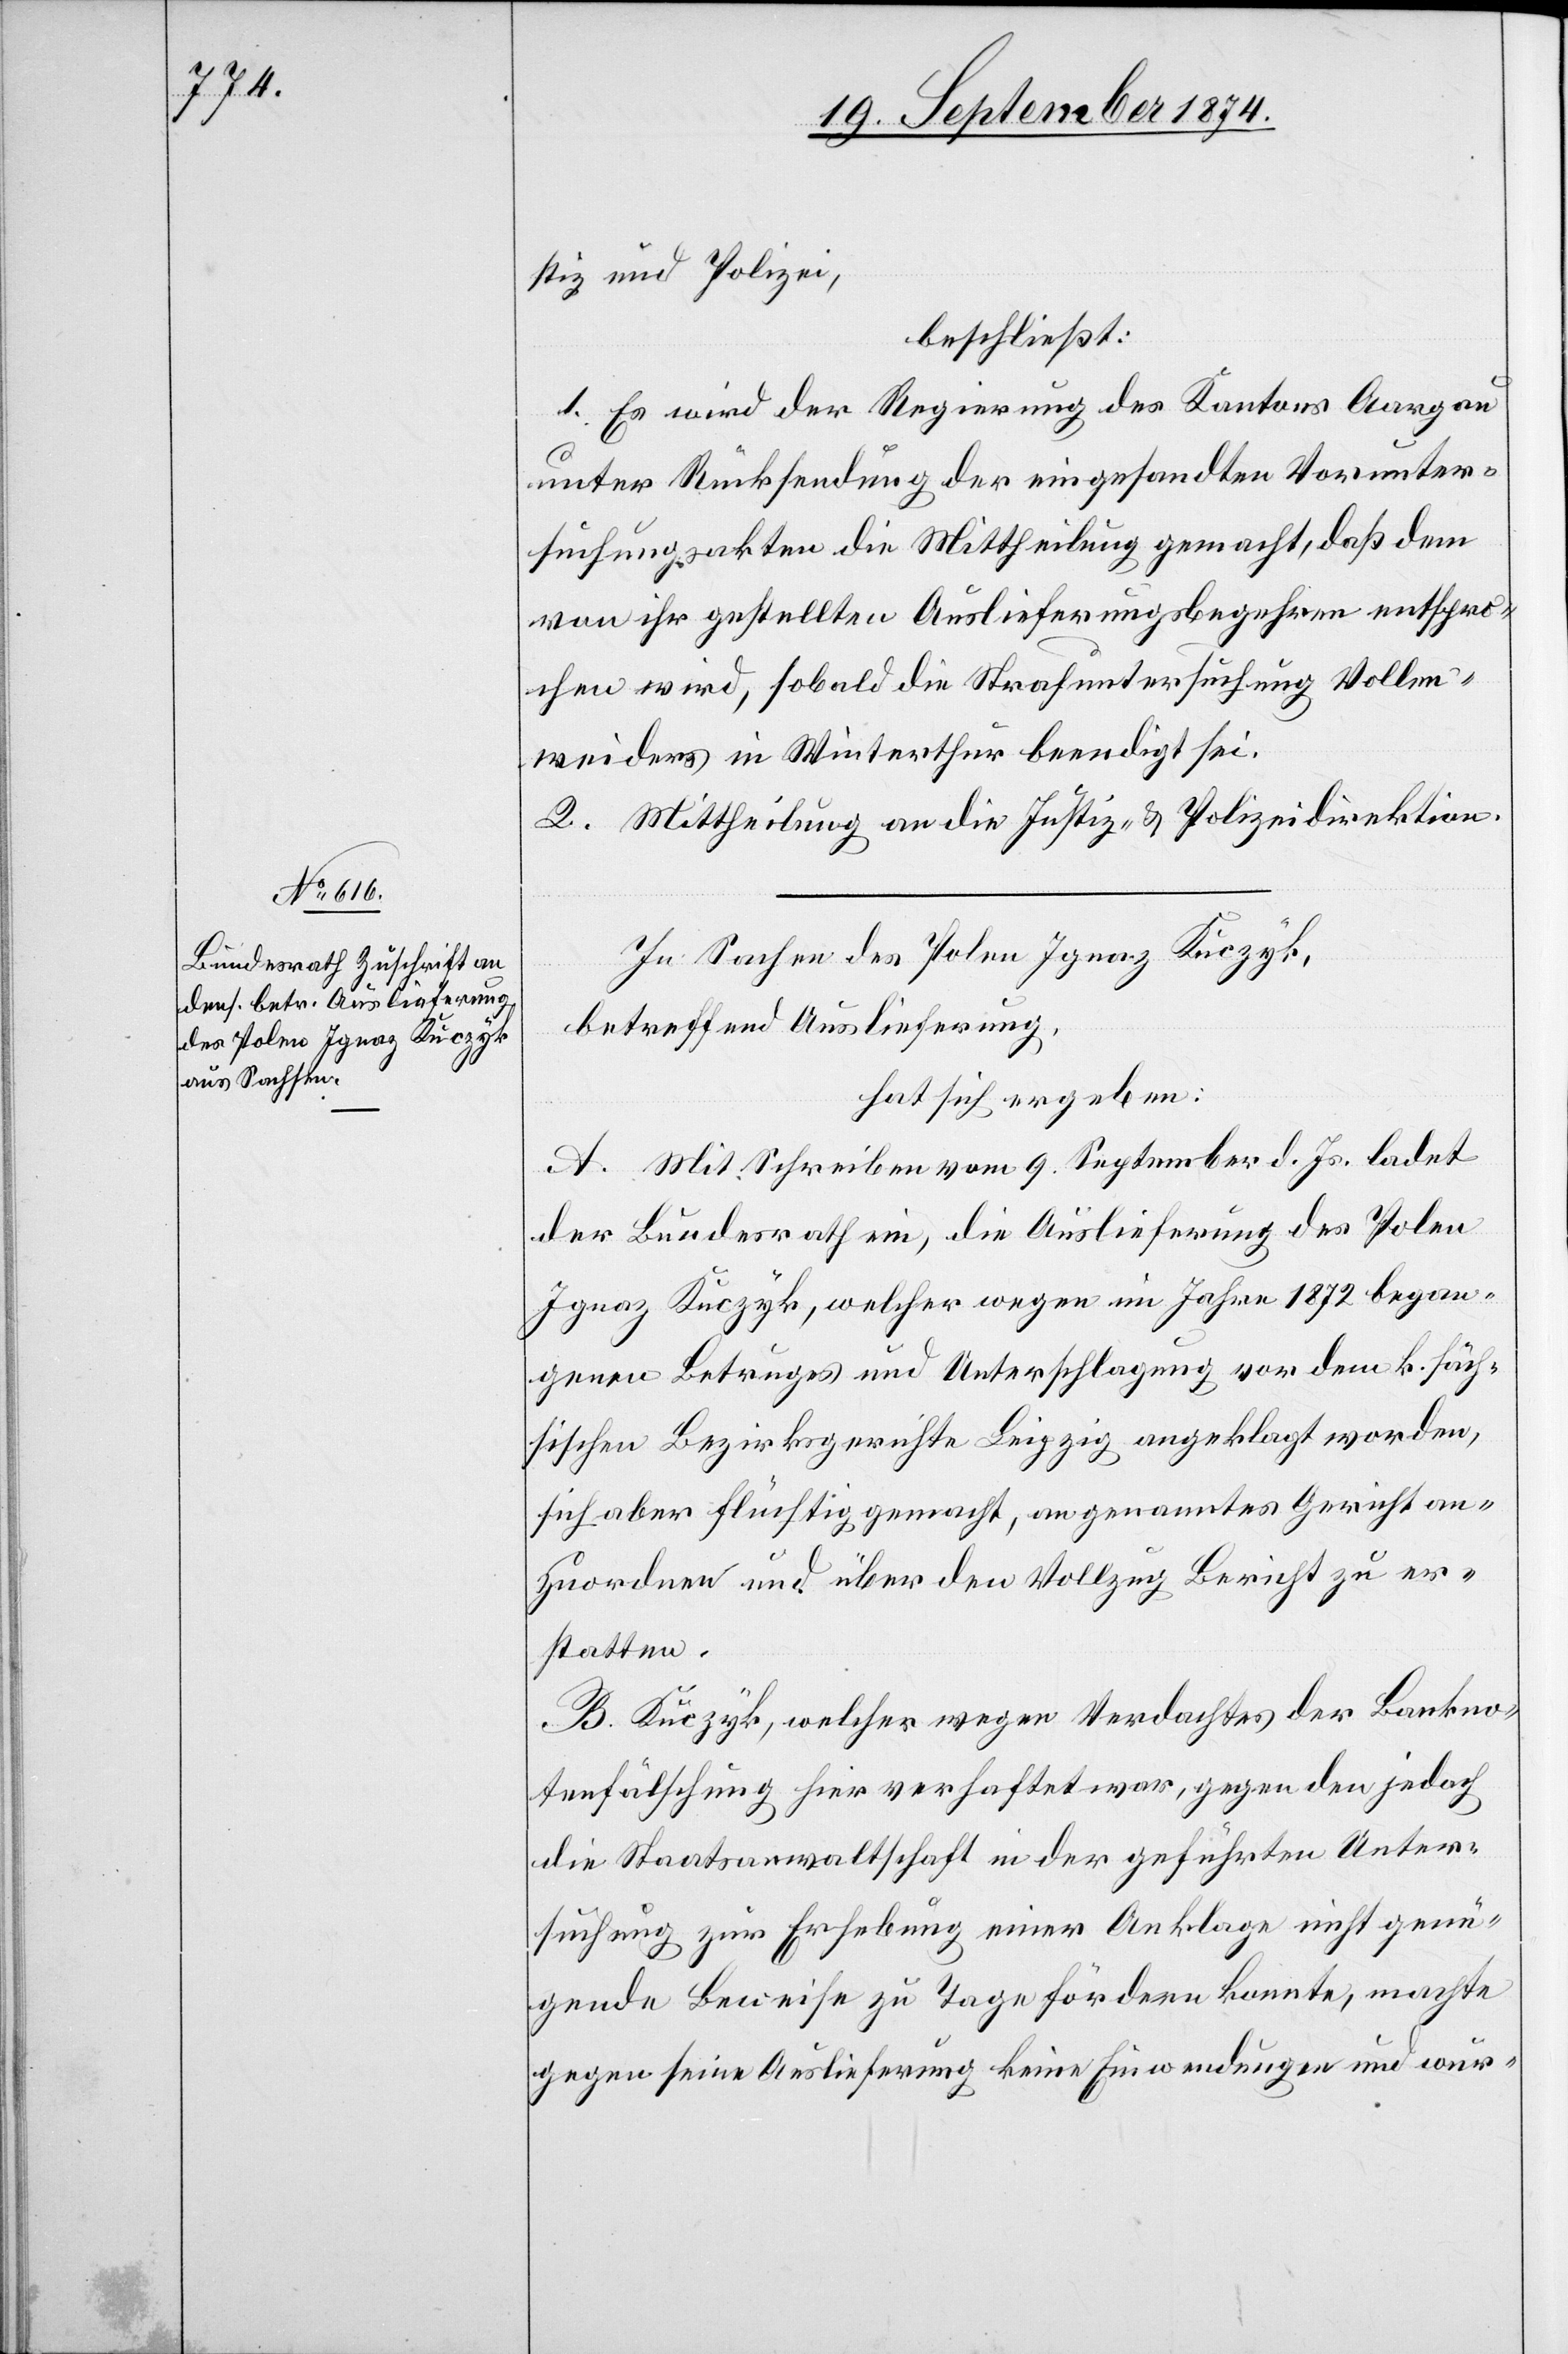
stiz und Polizei,
beschließt:
1. Es wird der Regierung des Kantons Aargau
unter Rücksendung der eingesandten Vorunter¬
suchungsakten die Mittheilung gemacht, daß dem
von ihr gestellten Auslieferungsbegehren entspro¬
chen wird, sobald die Strafuntersuchung Vollen¬
weiders in Winterthur beendigt sei.
2. Mittheilung an die Justiz- u. Polizeidirektion.
In Sachen des Polen Ignaz Kuczyk,
betreffend Auslieferung,
hat sich ergeben:
A. Mit Schreiben vom 9. September d. Js. ladet
der Bundesrath ein, die Auslieferung des Polen
Ignaz Kuczyk, welcher wegen im Jahre 1872 began¬
genen Betruges und Unterschlagung vor dem k. säch¬
sischen Bezirksgerichte Leipzig angeklagt worden,
sich aber flüchtig gemacht, an genanntes Gericht an¬
zuordnen und über den Vollzug Bericht zu er¬
statten.
B. Kuczyk, welcher wegen Verdachtes der Bankno¬
tenfälschung hier verhaftet war, gegen den jedoch
die Staatsanwaltschaft in der geführten Unter¬
suchung zur Erhebung einer Anklage nicht genü¬
gende Beweise zu Tage fördern konnte, machte
gegen seine Auslieferung keine Einwendungen und wur-